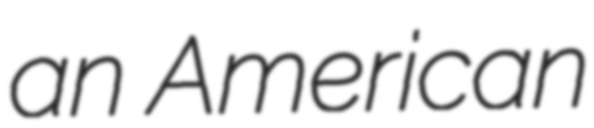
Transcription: an American